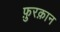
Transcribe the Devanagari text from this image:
फ़ुरक़ान